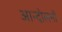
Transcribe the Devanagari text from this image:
आन्‍दोलनों